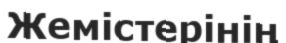
Жемістерінің